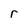
Character: r